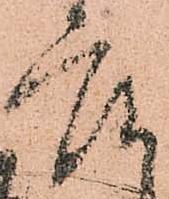
座